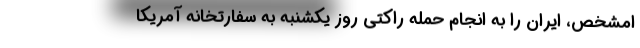
امشخص، ایران را به انجام حمله راکتی روز یکشنبه به سفارتخانه آمریکا